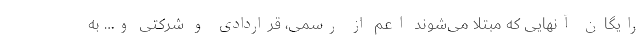
رایگان آنهایی که مبتلا می‌شوند اعم از رسمی، قراردادی و شرکتی و… به